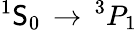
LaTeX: ^{1}\mathsf{S}_{0}\, \rightarrow\, ^{3}P_{1}